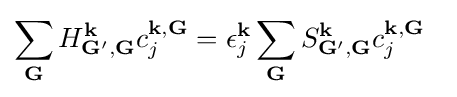
\sum \limits _{\mathbf {G} }H_{\mathbf {G'} ,\mathbf {G} }^{\mathbf {k} }c_{j}^{\mathbf {k} ,\mathbf {G} }=\epsilon _{j}^{\mathbf {k} }\sum \limits _{\mathbf {G} }S_{\mathbf {G'} ,\mathbf {G} }^{\mathbf {k} }c_{j}^{\mathbf {k} ,\mathbf {G} }~~